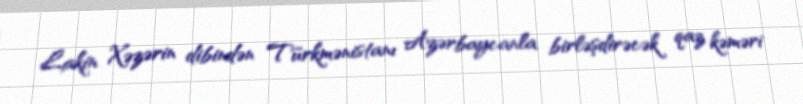
Lakin Xəzərin dibindən Türkmənistanı Azərbaycanla birləşdirəcək qaz kəməri